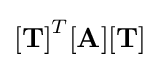
\mathbf {[T]} ^{T}\mathbf {[A]} \mathbf {[T]}